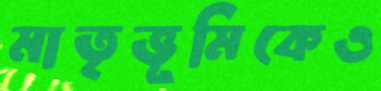
মাতৃভূমিকেও